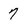
Character: 7